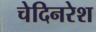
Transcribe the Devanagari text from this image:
चेदिनरेश